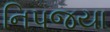
નિપજયા